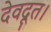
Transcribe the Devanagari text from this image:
देवदूत।